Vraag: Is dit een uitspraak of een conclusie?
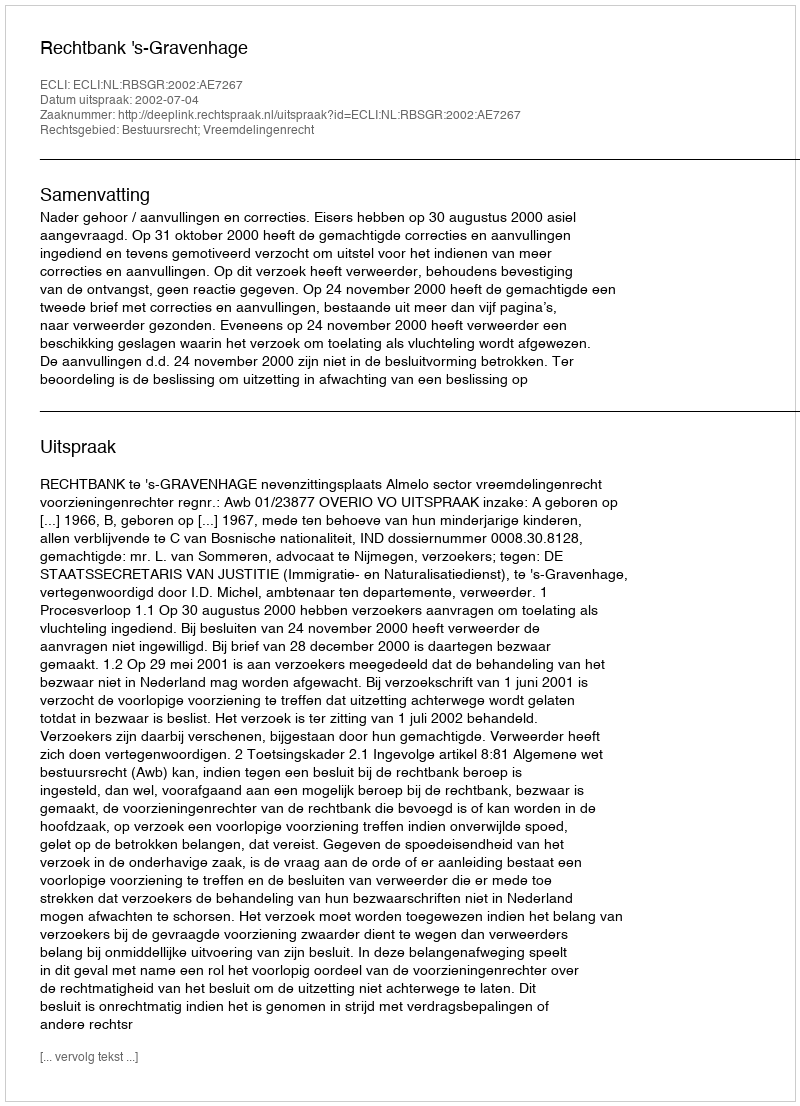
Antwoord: Uitspraak